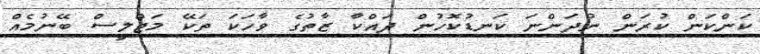
ކަންކަން ކުރަން ނުދަންނަ ކަނޑުކޮހުން ދައްކާ ޒާތުގެ ވާހަކަ ތަކޭ މަޖްލީސް ބޭނުމެއް